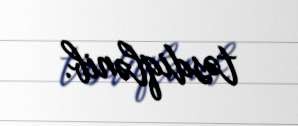
təsdiqlənib.